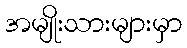
အမျိုးသားများမှာ